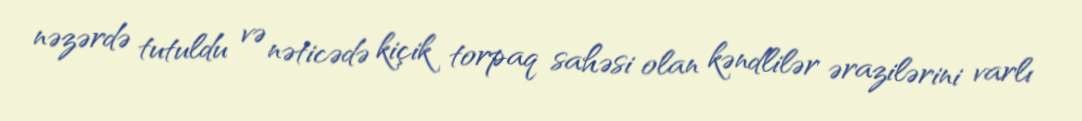
nəzərdə tutuldu və nəticədə kiçik torpaq sahəsi olan kəndlilər ərazilərini varlı